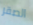
الصقر